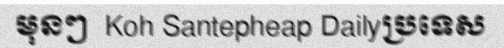
មុនៗ  Koh Santepheap Dailyប្រទេស